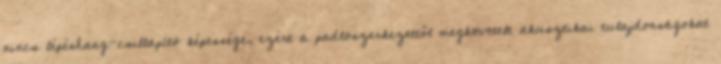
nincs lépéshang-csillapító képessége, ezért a padlószerkezettől megkövetelt akusztikai tulajdonságokat